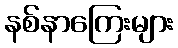
နစ်နာကြေးများ